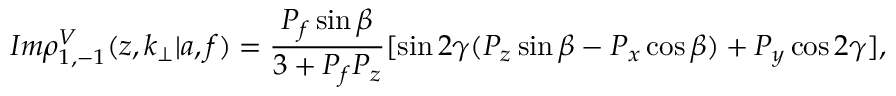
I m \rho _ { 1 , - 1 } ^ { V } ( z , k _ { \perp } | a , f ) = \frac { P _ { f } \sin { \beta } } { 3 + P _ { f } P _ { z } } [ \sin { 2 \gamma } ( P _ { z } \sin { \beta } - P _ { x } \cos { \beta } ) + P _ { y } \cos { 2 \gamma } ] ,